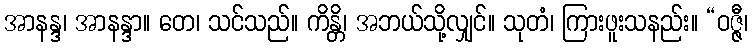
အာနန္ဒ၊ အာနန္ဒာ။ တေ၊ သင်သည်။ ကိန္တိ၊ အဘယ်သို့လျှင်။ သုတံ၊ ကြားဖူးသနည်း။ “ဝဇ္ဇီ၊